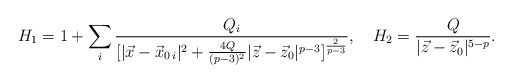
\begin{align*}H_1=1+\sum_i{{Q_i}\over{[|\vec{x}-\vec{x}_{0\,i}|^2+{{4Q}\over{(p-3)^2}}|\vec{z}-\vec{z}_0|^{p-3}]^{2\over{p-3}}}},\ \ \ H_2={Q\over{|\vec{z}-\vec{z}_0|^{5-p}}}.\end{align*}